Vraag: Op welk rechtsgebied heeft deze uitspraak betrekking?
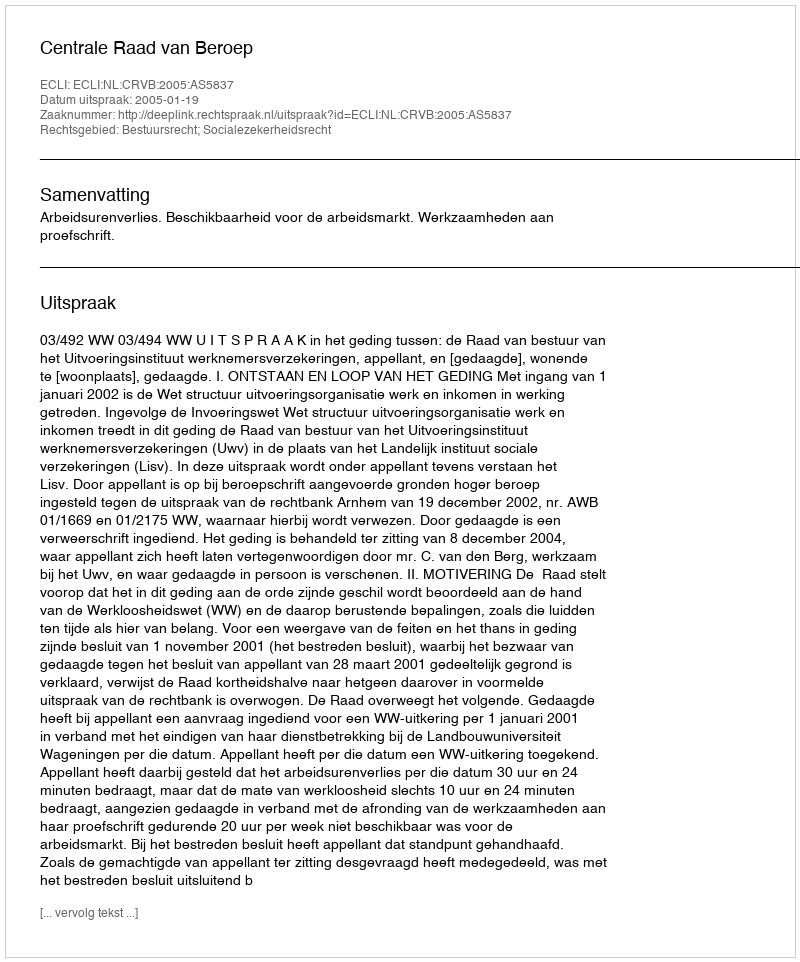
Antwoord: Bestuursrecht; Socialezekerheidsrecht